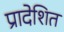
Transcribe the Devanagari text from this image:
प्रादेशित